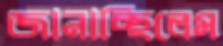
জানাচ্ছিলেম